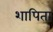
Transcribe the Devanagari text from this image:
शापिता